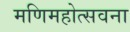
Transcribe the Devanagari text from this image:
मणिमहोत्सवना